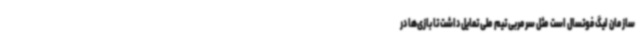
سازمان لیگ فوتسال است مثل سرمربی تیم ملی تمایل داشت تا بازی‌ها در